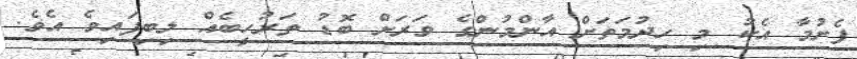
ފެށުމާ އެކު މި ހިދުމަތަށް އާންމުންގެ ވަރަށް ބޮޑު ތަރުހީބެއް ލިބިފައިވެ އެވެ.